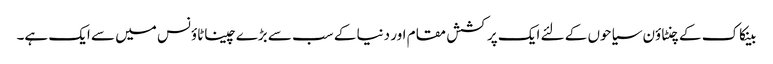
بینکاک کے چنٹاؤن سیاحوں کے لئے ایک پرکشش مقام اور دنیا کے سب سے بڑے چیناٹاؤنس میں سے ایک ہے۔